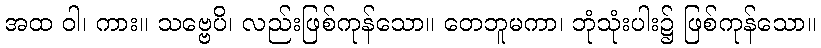
အထ ဝါ၊ ကား။ သဗ္ဗေပိ၊ လည်းဖြစ်ကုန်သော။ တေဘူမကာ၊ ဘုံသုံးပါး၌ ဖြစ်ကုန်သော။